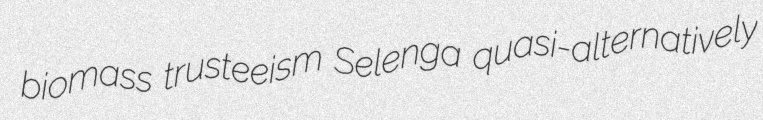
biomass trusteeism Selenga quasi-alternatively